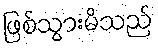
ဖြစ်သွားမိသည်